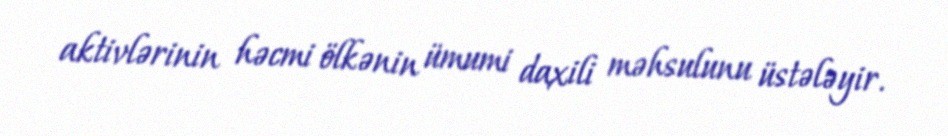
aktivlərinin həcmi ölkənin ümumi daxili məhsulunu üstələyir.